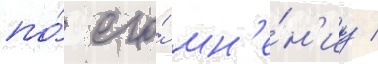
по́ его́ мн'е́н'иу /